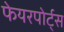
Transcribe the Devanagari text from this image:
फेयरपोर्ट्स